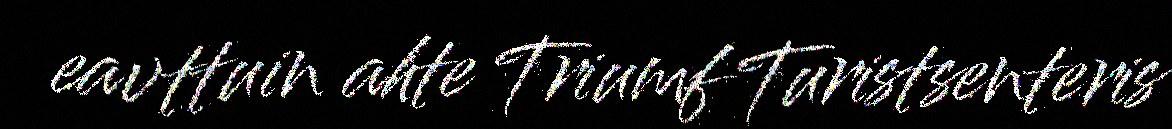
eavttuin ahte Triumf Turistsenteris